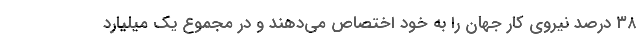
٣٨ درصد نیروی کار جهان را به خود اختصاص می‌دهند و در مجموع یک میلیارد